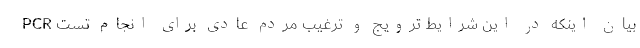
بیان اینکه در این شرایط ترویج و ترغیب مردم عادی برای انجام تست PCR